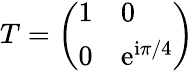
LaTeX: \begin{array}{r}{T=\left(\begin{array}{ll}{1}&{0}\\ {0}&{\mathrm{e}^{\mathrm i\pi/4}}\end{array}\right)}\end{array}